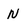
Character: N